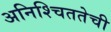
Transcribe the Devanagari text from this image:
अनिश्चिततेची